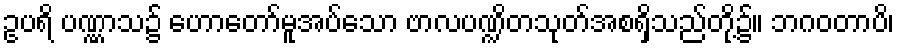
ဥပရိ ပဏ္ဏာသ၌ ဟောတော်မူအပ်သော ဗာလပဏ္ဍိတသုတ်အစရှိသည်တို့၌။ ဘဂဝတာပိ၊